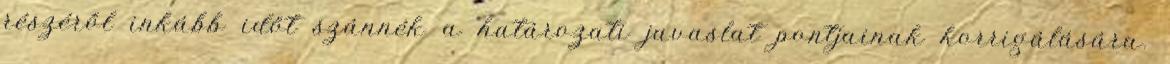
részéről inkább időt szánnék a határozati javaslat pontjainak korrigálására.